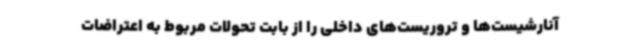
آنارشیست‌ها و تروریست‌های داخلی را از بابت تحولات مربوط به اعتراضات